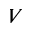
V